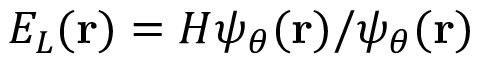
E _ { L } ( \mathbf { r } ) = H \psi _ { \theta } ( \mathbf { r } ) / \psi _ { \theta } ( \mathbf { r } )